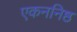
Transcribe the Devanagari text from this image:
एकननिष्ठ